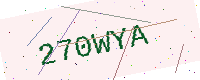
Text: 270WYA